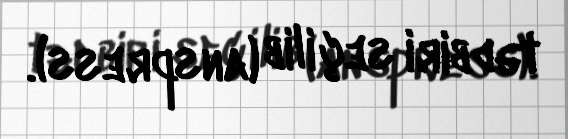
tədbiri seçilib (anspress).